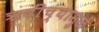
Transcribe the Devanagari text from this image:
ॠषींच्यामुळें